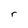
Character: r